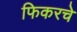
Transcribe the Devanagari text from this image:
फिकरचे